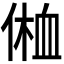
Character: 𰂥